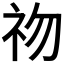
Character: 𥘨